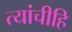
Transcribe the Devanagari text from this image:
त्यांचीहि